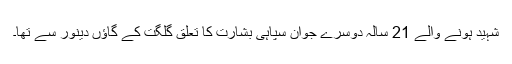
شہید ہونے والے 21 سالہ دوسرے جوان سپاہی بشارت کا تعلق گلگت کے گاؤں دینور سے تھا۔